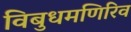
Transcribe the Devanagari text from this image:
विबुधमणिरिव